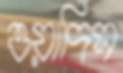
ওয়াদিস